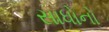
સાધોનો